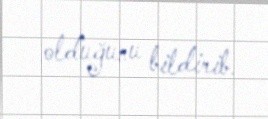
olduğunu bildirib.